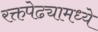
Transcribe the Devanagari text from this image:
रक्तपेढ्यामध्ये